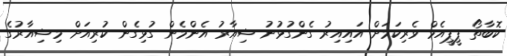
ކޮބާތޯ ޕީޕީއެމް ވެރިކަމަށް އައިއިރު ގެންގުޅުނު ޝިއާރު އެންމެން ގުޅިގެން ކުރިއަށް މިޝިއާރުގެ